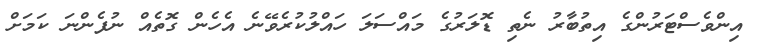
އިންވެސްޓަރުންގެ އިތުބާރު ނެތި ޑޮލަރުގެ މައްސަލަ ހައްލުކުރެވޭނެ އެހެން ގޮތެއް ނުފެންނަ ކަމަށް